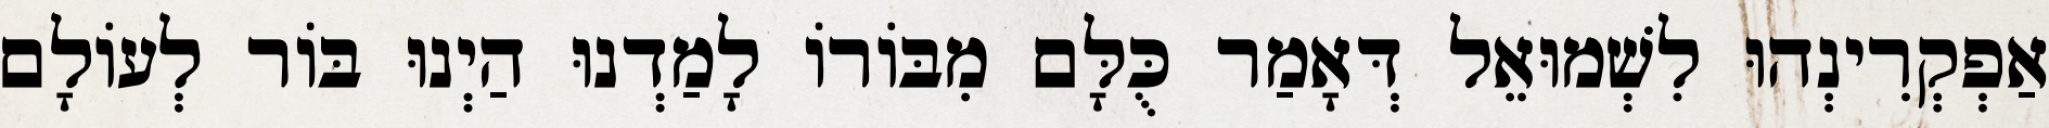
אַפְקְרִינְהוּ לִשְׁמוּאֵל דְּאָמַר כֻּלָּם מִבּוֹרוֹ לָמַדְנוּ הַיְנוּ בּוֹר לְעוֹלָם